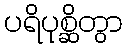
ပရိပုစ္ဆိတွာ